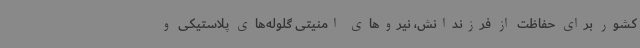
کشور برای حفاظت از فرزندانش، نیروهای امنیتی گلوله‌های پلاستیکی و